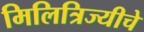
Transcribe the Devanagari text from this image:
मिलित्रिज्यीचे